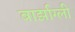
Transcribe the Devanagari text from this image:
बार्झाग्ली